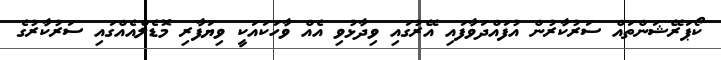
ކޯޕަރޭޝަންތައް ސަރުކާރުން އުފައްދަވާފައި އޭރުގައި ވިދާޅުވި އެއް ވާހަކައަކީ ވިޔަފާރި މޮޑެލްއެއްގައި ސަރުކާރުގެ